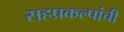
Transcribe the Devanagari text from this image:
सहप्रकल्पांची